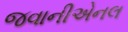
જવાનીએનલ